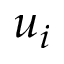
u _ { i }